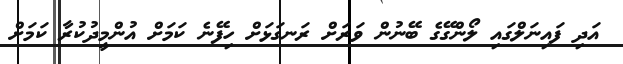
އަދި ފައިނަލްގައި ލޯންގޭގެ ބޭނުން ވަރަށް ރަނގަޅަށް ހިފޭނެ ކަމަށް އުންމީދުކުރާ ކަމަށް